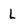
Character: l